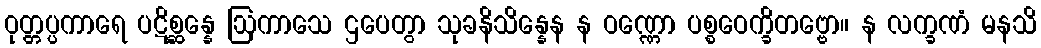
ဝုတ္တပ္ပကာရေ ပဋိစ္ဆန္နေ ဩကာသေ ဌပေတွာ သုခနိသိန္နေန န ဝဏ္ဏော ပစ္စဝေက္ခိတဗ္ဗော။ န လက္ခဏံ မနသိ